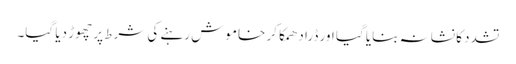
تشدد کا نشانہ بنایا گیا اور ڈرا دھمکا کر خاموش رہنے کی شرط پر چھوڑ دیا گیا۔